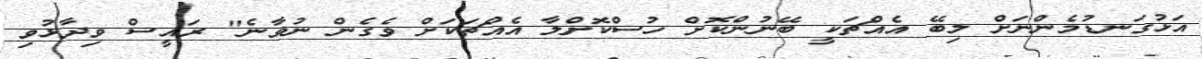
އަޅުގަނޑުމެންނަށް ލިބޭ އެއްޗަކީ ބޭނުންކޮށް ހުސްކޮށްލާ އެއްޗަކަށް ވެގެން ނުވާނެ" ރައީސް ވިދާޅުވި